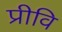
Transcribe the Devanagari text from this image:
प्रीवि